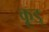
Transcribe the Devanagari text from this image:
कूड्